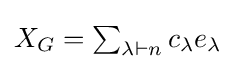
{\textstyle X_{G}=\sum _{\lambda \vdash n}c_{\lambda }e_{\lambda }}